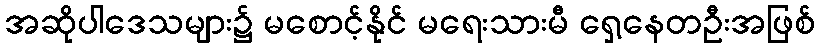
အဆိုပါဒေသများ၌ မစောင့်နိုင် မရေးသားမီ ရှေ့နေတဦးအဖြစ်